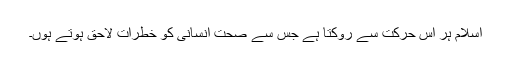
اسلام ہر اس حرکت سے روکتا ہے جس سے صحت انسانی کو خطرات لاحق ہوتے ہوں۔